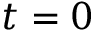
t = 0